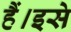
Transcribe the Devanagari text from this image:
हैं।इसे